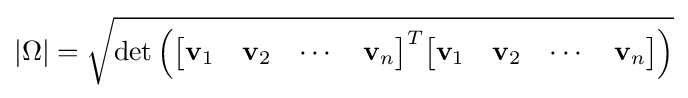
|\Omega |={\sqrt {\det \left({\begin{bmatrix}\mathbf {v} _{1}&\mathbf {v} _{2}&\cdots &\mathbf {v} _{n}\end{bmatrix}}^{T}{\begin{bmatrix}\mathbf {v} _{1}&\mathbf {v} _{2}&\cdots &\mathbf {v} _{n}\end{bmatrix}}\right)}}